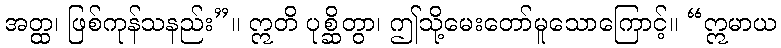
အတ္ထ၊ ဖြစ်ကုန်သနည်း”။ ဣတိ ပုစ္ဆိတွာ၊ ဤသို့မေးတော်မူသောကြောင့်။ “ဣမာယ